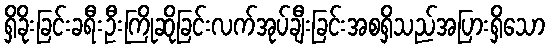
ရှိခိုးခြင်းခရီးဦးကြိုဆိုခြင်းလက်အုပ်ချီးခြင်းအစရှိသည်အပြားရှိသော